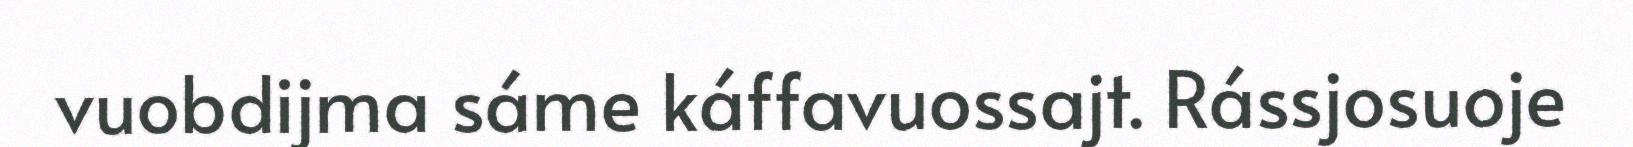
vuobdijma sáme káffavuossajt. Rássjosuoje